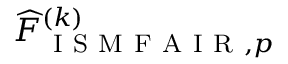
\widehat { F } _ { \mathrm { ~ I ~ S ~ M ~ F ~ A ~ I ~ R ~ } , p } ^ { ( k ) }